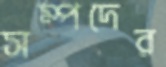
সম্পদের